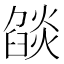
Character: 燄